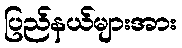
ပြည်နယ်များအား